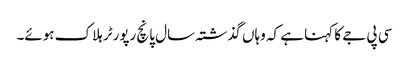
سی پی جے کا کہنا ہے کہ وہاں گذشتہ سال پانچ رپورٹر ہلاک ہوئے۔